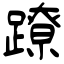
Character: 蹽